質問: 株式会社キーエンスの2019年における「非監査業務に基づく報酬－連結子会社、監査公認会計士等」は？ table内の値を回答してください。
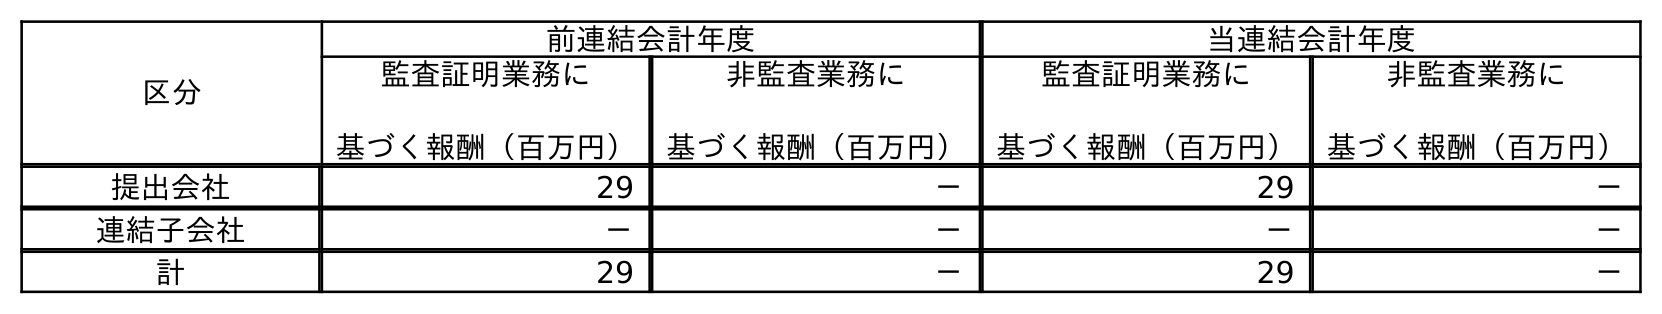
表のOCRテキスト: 区分 前連結会計年度 当連結会計年度 監査証明業務に 基づく報酬（百万円） 非監査業務に 基づく報酬（百万円） 監査証明業務に 基づく報酬（百万円） 非監査業務に 基づく報酬（百万円） 提出会社 29 － 29 － 連結子会社 － － － － 計 29 － 29 －
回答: －